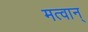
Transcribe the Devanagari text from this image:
मत्वान्